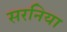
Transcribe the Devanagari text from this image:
सरनिया